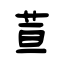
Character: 荁